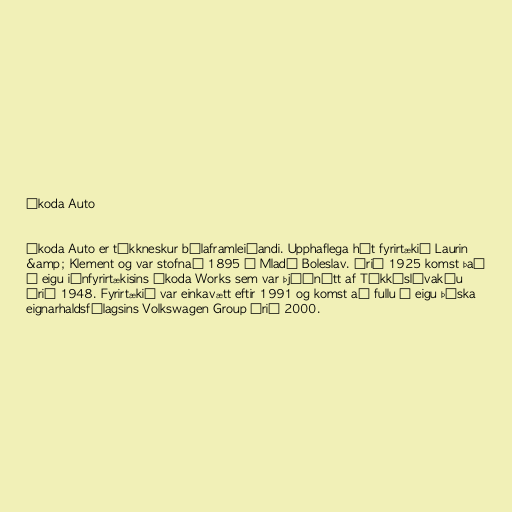
Škoda Auto

Škoda Auto er tékkneskur bílaframleiðandi. Upphaflega hét fyrirtækið Laurin
&amp; Klement og var stofnað 1895 í Mladá Boleslav. Árið 1925 komst það
í eigu iðnfyrirtækisins Škoda Works sem var þjóðnýtt af Tékkóslóvakíu
árið 1948. Fyrirtækið var einkavætt eftir 1991 og komst að fullu í eigu þýska
eignarhaldsfélagsins Volkswagen Group árið 2000.